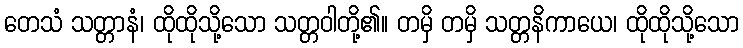
တေသံ သတ္တာနံ၊ ထိုထိုသို့သော သတ္တဝါတို့၏။ တမှိ တမှိ သတ္တနိကာယေ၊ ထိုထိုသို့သော